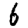
Digit: 6